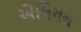
એલિયન